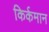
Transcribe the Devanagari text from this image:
किर्कमान